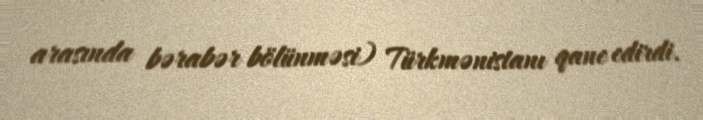
arasında bərabər bölünməsi) Türkmənistanı qane edirdi.